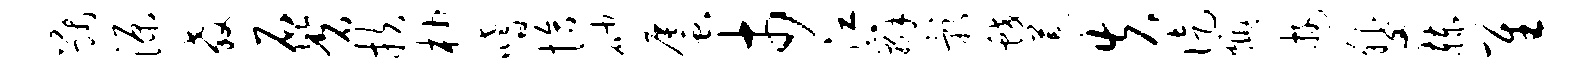
猷源教石磬扶杪嗜恰砂蜃市江辫影蛟荒失徒燠游斐赫隹